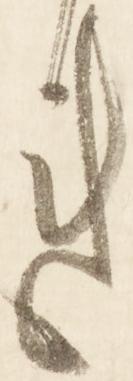
れ